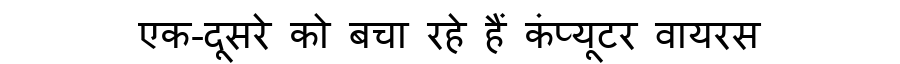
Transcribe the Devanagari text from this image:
एक-दूसरे को बचा रहे हैं कंप्यूटर वायरस